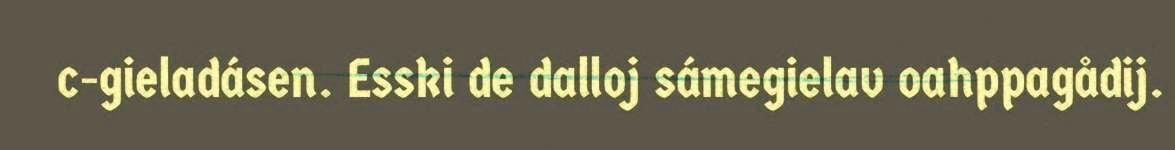
c-gieladásen. Esski de dalloj sámegielav oahppagådij.